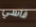
قاسي